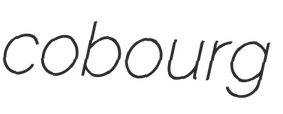
cobourg